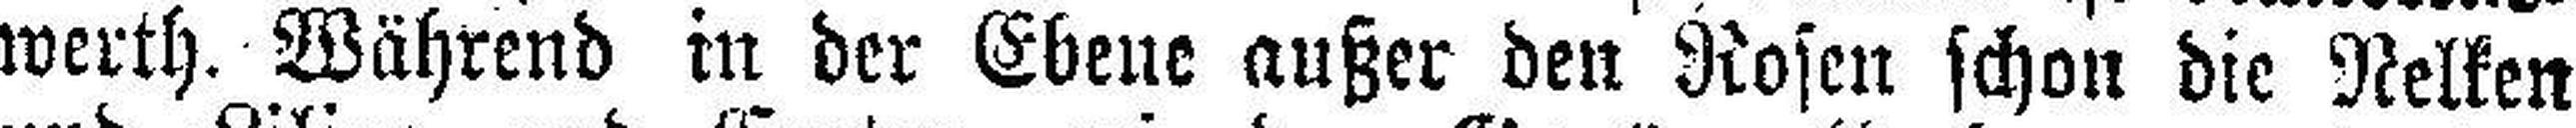
werth. Während in der Ebene außer den Rosen schon die Nelken